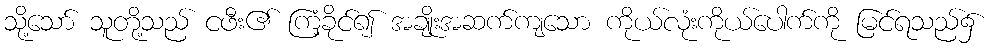
သို့သော် သူတို့သည် ငဖီး၏ ကြံ့ခိုင်၍ အချိုးအဆက်ကျသော ကိုယ်လုံးကိုယ်ပေါက်ကို မြင်ရသည်၌